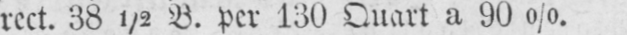
rect. 38½ B. per 130 Quart a 90%.